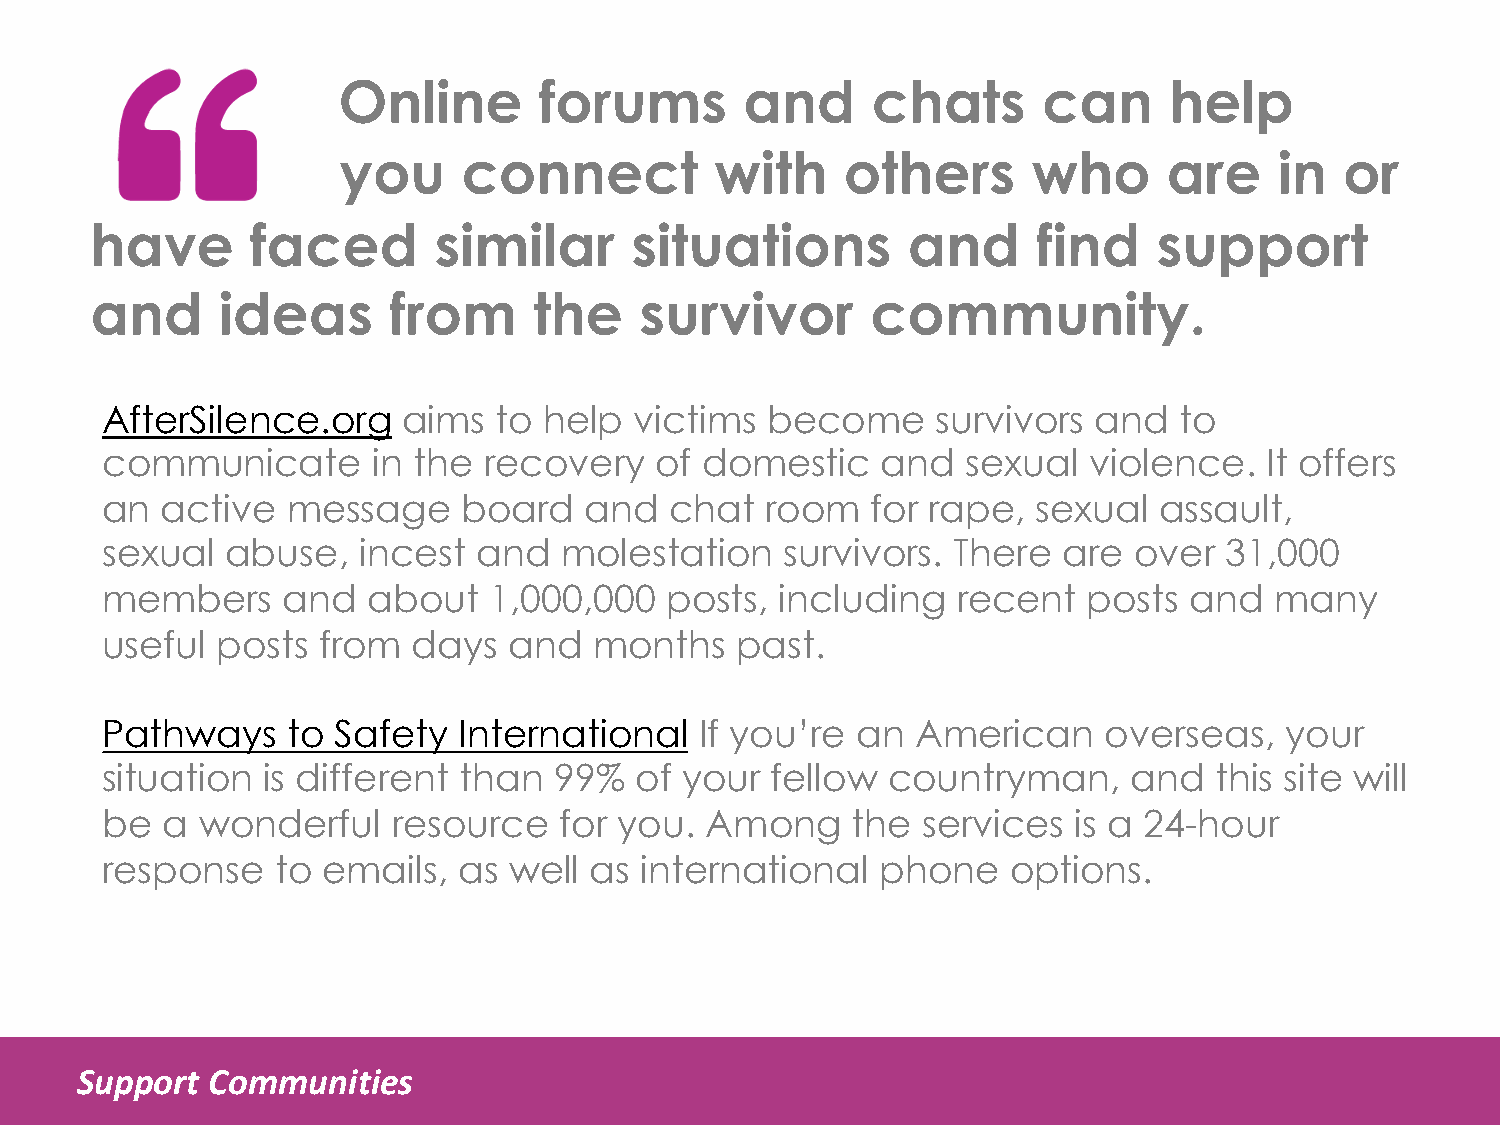
Online        forums       and      chats      can     help
 you      connect         with     others      who      are     in  or
 have       faced       similar      situations        and      find    support
 and     ideas       from     the    survivor        community.
 AfterSilence.org    aims  to help  victims  become     survivors and   to
 communicate       in the recovery   of domestic    and   sexual  violence.   It offers
 an  active  message     board   and  chat   room   for rape,  sexual  assault,
 sexual  abuse,   incest  and  molestation    survivors. There  are  over  31,000
 members     and  about   1,000,000   posts,  including  recent   posts  and  many
 useful posts  from  days   and  months    past.
 Pathways    to Safety  International   If you’re  an  American    overseas,   your
 situation is different than   99%  of your  fellow  countryman,     and   this site will
 be  a wonderful    resource   for you.  Among    the  services  is a 24-hour
 response   to emails,  as  well as international   phone    options.
 Support  Communities